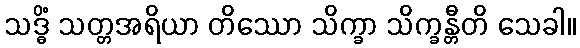
သဒ္ဓိံ သတ္တအရိယာ တိဿော သိက္ခာ သိက္ခန္တီတိ သေခါ။